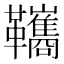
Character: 䪎